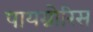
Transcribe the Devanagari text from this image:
पायग्नोरिस